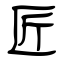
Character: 匠